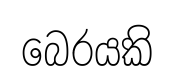
බෙරයකි